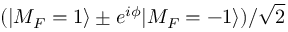
( | M _ { F } = 1 \rangle \pm e ^ { i \phi } | M _ { F } = - 1 \rangle ) / \sqrt { 2 }